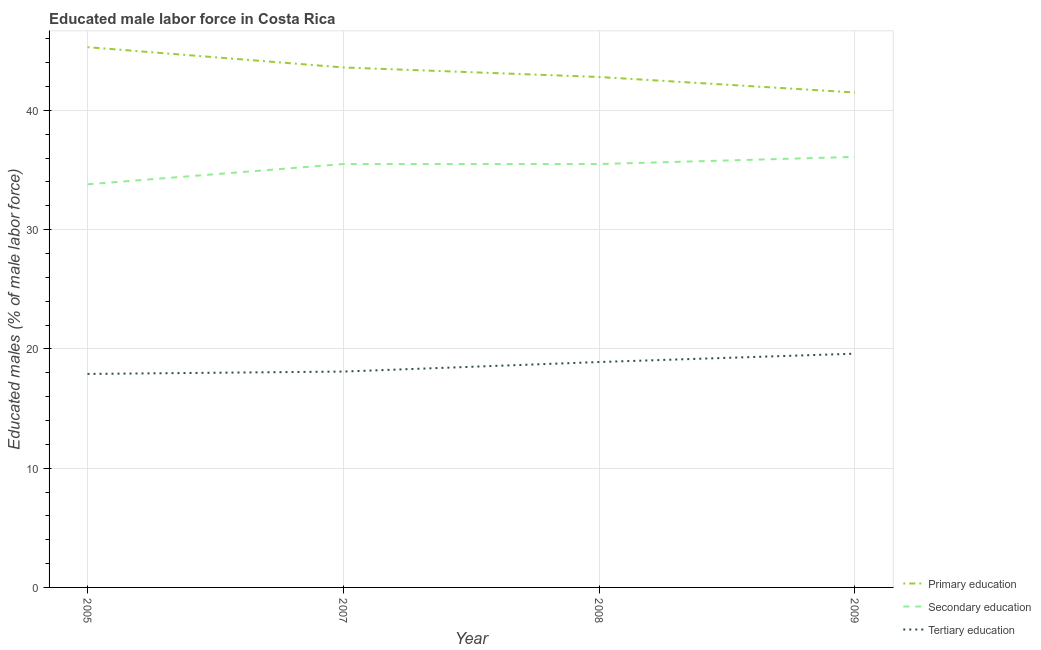
| Year | Primary education | Secondary education | Tertiary education |
 | --- | --- | --- | --- |
 | 2005 | 45.3 | 33.8 | 17.9 |
 | 2007 | 43.6 | 35.5 | 18.1 |
 | 2008 | 42.8 | 35.5 | 18.9 |
 | 2009 | 41.5 | 36.1 | 19.6 |